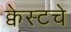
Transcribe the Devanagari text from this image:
क्वेस्टचे